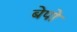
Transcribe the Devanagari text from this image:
बेपो